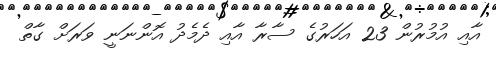
އާއި އުމުރުން 23 އަހަރުގެ ސާރާ އާއި ދެމެދު އޮންނަނީ ވަރަށް ގާތް